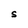
Character: S